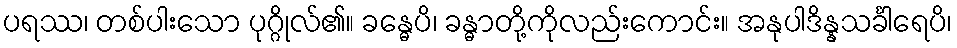
ပရဿ၊ တစ်ပါးသော ပုဂ္ဂိုလ်၏။ ခန္ဓေပိ၊ ခန္ဓာတို့ကိုလည်းကောင်း။ အနုပါဒိန္နသင်္ခါရေပိ၊